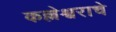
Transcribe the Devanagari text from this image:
कल्लेश्वराचे